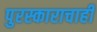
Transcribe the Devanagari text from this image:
पुरस्काराचाही